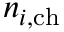
n _ { i , \mathrm { c h } }